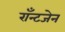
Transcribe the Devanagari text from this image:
राँन्टजेन